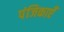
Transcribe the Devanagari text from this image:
पंजिकाएँ